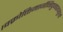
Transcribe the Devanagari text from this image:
।वक्रोक्तिमार्गनिपुणाश्चतुर्थों